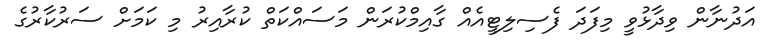
އަދުނާން ވިދާޅުވީ މިފަދަ ފެސިލިޓީއެއް ގާއިމްކުރަން މަސައްކަތް ކުރާއިރު މި ކަމަށް ސަރުކާރުގެ